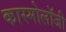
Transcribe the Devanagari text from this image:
कास्मोलॉजी